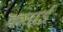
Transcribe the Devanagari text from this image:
कप्ताई